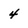
Character: 4